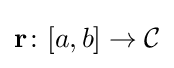
\mathbf {r} \colon [a,b]\to {\mathcal {C}}